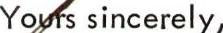
Yours sincerely,